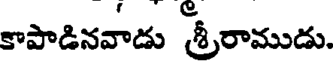
కాపాడినవాడు శ్రీరాముడు.